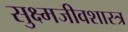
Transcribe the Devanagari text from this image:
सुक्ष्मजीवशास्त्र